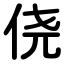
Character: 侥